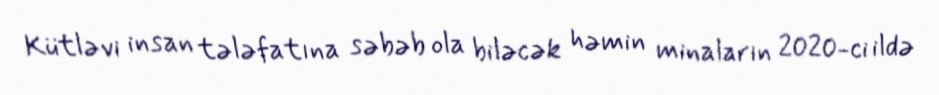
Kütləvi insan tələfatına səbəb ola biləcək həmin minaların 2020-ci ildə